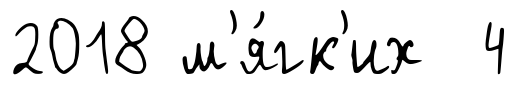
2018 м'я́гк'их 4